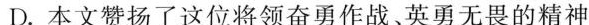
D.本文赞扬了这位将领奋勇作战。英勇无畏的精神